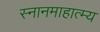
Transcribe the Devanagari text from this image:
स्नानमाहात्म्य